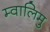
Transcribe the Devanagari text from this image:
म्वालिमु